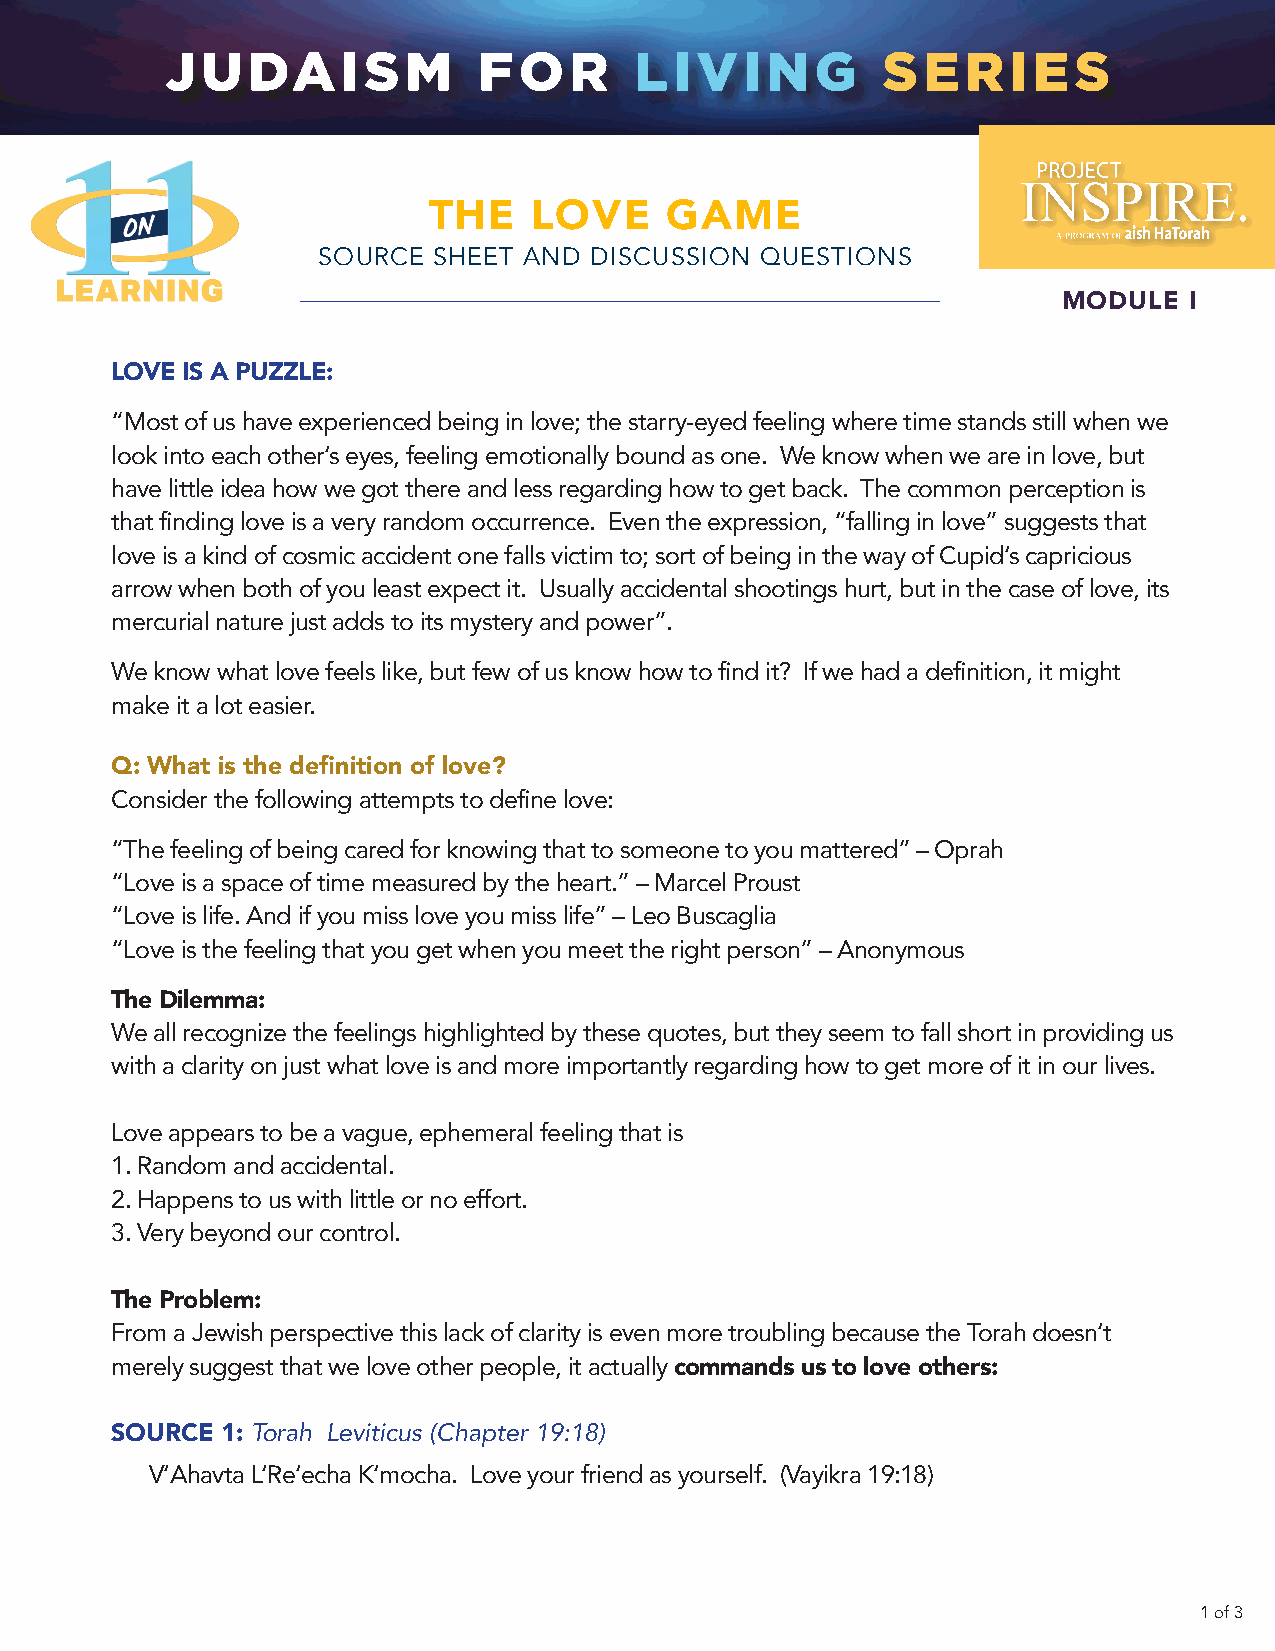
JUDAISM              FOR       LIVING          SERIES
 THE    LOVE     GAME
 SOURCE  SHEET AND DISCUSSION QUESTIONS
 MODULE   I
 LOVE IS A PUZZLE:
 “Most of us have experienced being in love; the starry-eyed feeling where time stands still when we
 look into each other’s eyes, feeling emotionally bound as one. We know when we are in love, but
 have little idea how we got there and less regarding how to get back. The common perception is
 that finding love is a very random occurrence. Even the expression, “falling in love” suggests that
 love is a kind of cosmic accident one falls victim to; sort of being in the way of Cupid’s capricious
 arrow when both of you least expect it. Usually accidental shootings hurt, but in the case of love, its
 mercurial nature just adds to its mystery and power”.
 We know what love feels like, but few of us know how to find it? If we had a definition, it might
 make it a lot easier.
 Q: What is the definition of love?
 Consider the following attempts to define love:
 “The feeling of being cared for knowing that to someone to you mattered” – Oprah
 “Love is a space of time measured by the heart.” – Marcel Proust
 “Love is life. And if you miss love you miss life” – Leo Buscaglia
 “Love is the feeling that you get when you meet the right person” – Anonymous
 The Dilemma:
 We all recognize the feelings highlighted by these quotes, but they seem to fall short in providing us
 with a clarity on just what love is and more importantly regarding how to get more of it in our lives.
 Love appears to be a vague, ephemeral feeling that is
 1. Random and accidental.
 2. Happens to us with little or no effort.
 3. Very beyond our control.
 The Problem:
 From a Jewish perspective this lack of clarity is even more troubling because the Torah doesn’t
 merely suggest that we love other people, it actually commands us to love others:
 SOURCE  1: Torah Leviticus (Chapter 19:18)
 V’Ahavta L’Re’echa K’mocha. Love your friend as yourself. (Vayikra 19:18)
 1 of 3